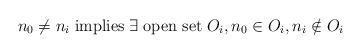
LaTeX: \begin{align*}n_0\neq n_i\;\mbox{implies}\; \exists\;\mbox{open set}\; O_i,n_0\in O_i,n_i\notin O_i\end{align*}